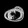
Digit: ၀